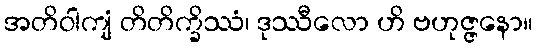
အတိဝါကျံ တိတိက္ခိဿံ၊ ဒုဿီလော ဟိ ဗဟုဇ္ဇနော။